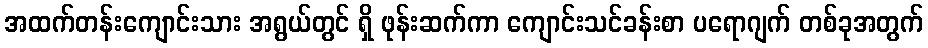
အထက်တန်းကျောင်းသား အရွယ်တွင် ရှိ ဖုန်းဆက်ကာ ကျောင်းသင်ခန်းစာ ပရောဂျက် တစ်ခုအတွက်